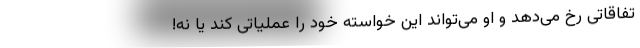
تفاقاتی رخ می‌دهد و او می‌تواند این خواسته خود را عملیاتی کند یا نه!